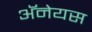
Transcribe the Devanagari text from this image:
अॅनेयस